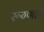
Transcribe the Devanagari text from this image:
रूग्णही